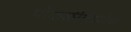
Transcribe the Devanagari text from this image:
पोकळीमध्येच